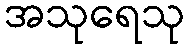
အသုရေသု